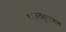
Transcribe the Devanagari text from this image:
थाज़तहूपुरकल